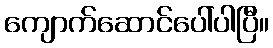
ကျောက်ဆောင်ပေါ်ပါပြီ။